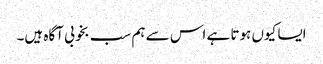
ایسا کیوں ہوتا ہے اس سے ہم سب بخوبی آگاہ ہیں۔